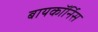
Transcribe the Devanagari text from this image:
बायकॉर्निस